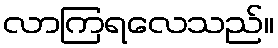
လာကြရလေသည်။